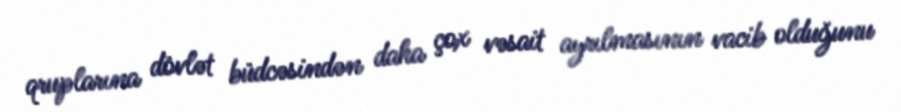
qruplarına dövlət büdcəsindən daha çox vəsait ayrılmasının vacib olduğunu